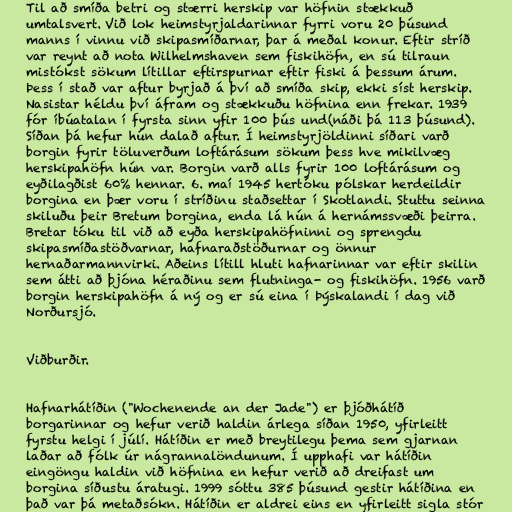
Til að smíða betri og stærri herskip var höfnin stækkuð
umtalsvert. Við lok heimstyrjaldarinnar fyrri voru 20 þúsund
manns í vinnu við skipasmíðarnar, þar á meðal konur. Eftir stríð
var reynt að nota Wilhelmshaven sem fiskihöfn, en sú tilraun
mistókst sökum lítillar eftirspurnar eftir fiski á þessum árum.
Þess í stað var aftur byrjað á því að smíða skip, ekki síst herskip.
Nasistar héldu því áfram og stækkuðu höfnina enn frekar. 1939
fór íbúatalan í fyrsta sinn yfir 100 þús und(náði þá 113 þúsund).
Síðan þá hefur hún dalað aftur. Í heimstyrjöldinni síðari varð
borgin fyrir töluverðum loftárásum sökum þess hve mikilvæg
herskipahöfn hún var. Borgin varð alls fyrir 100 loftárásum og
eyðilagðist 60% hennar. 6. maí 1945 hertóku pólskar herdeildir
borgina en þær voru í stríðinu staðsettar í Skotlandi. Stuttu seinna
skiluðu þeir Bretum borgina, enda lá hún á hernámssvæði þeirra.
Bretar tóku til við að eyða herskipahöfninni og sprengdu
skipasmíðastöðvarnar, hafnaraðstöðurnar og önnur
hernaðarmannvirki. Aðeins lítill hluti hafnarinnar var eftir skilin
sem átti að þjóna héraðinu sem flutninga- og fiskihöfn. 1956 varð
borgin herskipahöfn á ný og er sú eina í Þýskalandi í dag við
Norðursjó.

Viðburðir.

Hafnarhátíðin ("Wochenende an der Jade") er þjóðhátíð
borgarinnar og hefur verið haldin árlega síðan 1950, yfirleitt
fyrstu helgi í júlí. Hátíðin er með breytilegu þema sem gjarnan
laðar að fólk úr nágrannalöndunum. Í upphafi var hátíðin
eingöngu haldin við höfnina en hefur verið að dreifast um
borgina síðustu áratugi. 1999 sóttu 385 þúsund gestir hátíðina en
það var þá metaðsókn. Hátíðin er aldrei eins en yfirleitt sigla stór